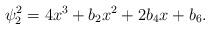
LaTeX: \begin{align*}\psi_{2}^{2}=4x^{3}+b_{2}x^{2}+2b_{4}x+b_{6}.\end{align*}